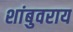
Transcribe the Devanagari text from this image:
शांबुवराय